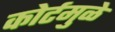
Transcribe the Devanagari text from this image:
कोर्टमुळे